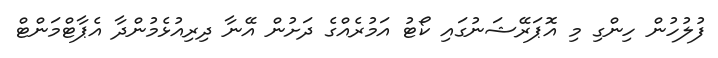
ފުލުހުން ހިންގި މި އޮޕަރޭޝަނުގައި ކޯޓު އަމުރެއްގެ ދަށުން އޭނާ ދިރިއުޅެމުންދާ އެޕާޓްމަންޓް